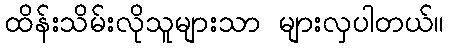
ထိန်းသိမ်းလိုသူများသာ များလှပါတယ်။